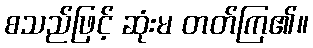
စသည်ဖြင့် ဆုံးမ တတ်ကြ၏။